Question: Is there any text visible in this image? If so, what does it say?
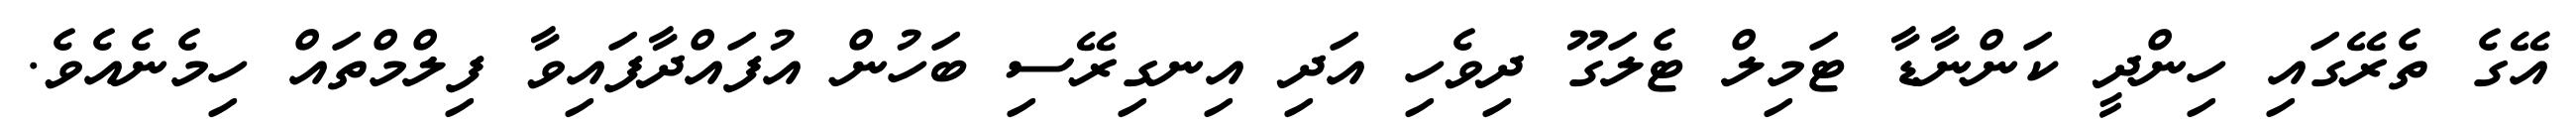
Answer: އޭގެ ތެރޭގައި ހިންދީ ކަންނާޑާ ޓަމިލް ޓެލަގޫ ދިވެހި އަދި އިނގިރޭސި ބަހުން އުފައްދާފައިވާ ފިލްމްތައް ހިމެނެއެވެ.